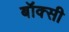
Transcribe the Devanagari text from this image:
बॉक्सी